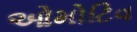
ઓમોટિવ